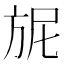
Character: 𭤴